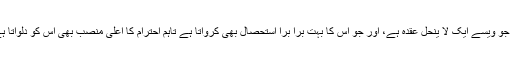
عورت کی یہ پیچیدگی، جو جذبوں کی کثرت کے باعث اس کو عطا ہوئی ہے، اور جو ویسے ایک لا ینحل عقدہ ہے، اور جو اس کا بہت برا برا استحصال بھی کرواتا ہے تاہم احترام کا اعلیٰ منصب بھی اس کو دلواتا ہے، اور جو صرف قدردانوں سے اپنے لیے داد چاہتا ہے، کہانی میں برابر چلتا ہے۔